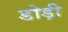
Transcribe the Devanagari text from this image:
डोड़ी